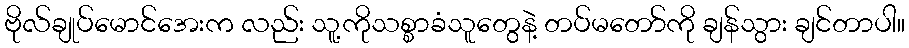
ဗိုလ်ချုပ်မောင်အေးက လည်း သူ့ကိုသစ္စာခံသူတွေနဲ့ တပ်မတော်ကို ချန်သွား ချင်တာပါ။